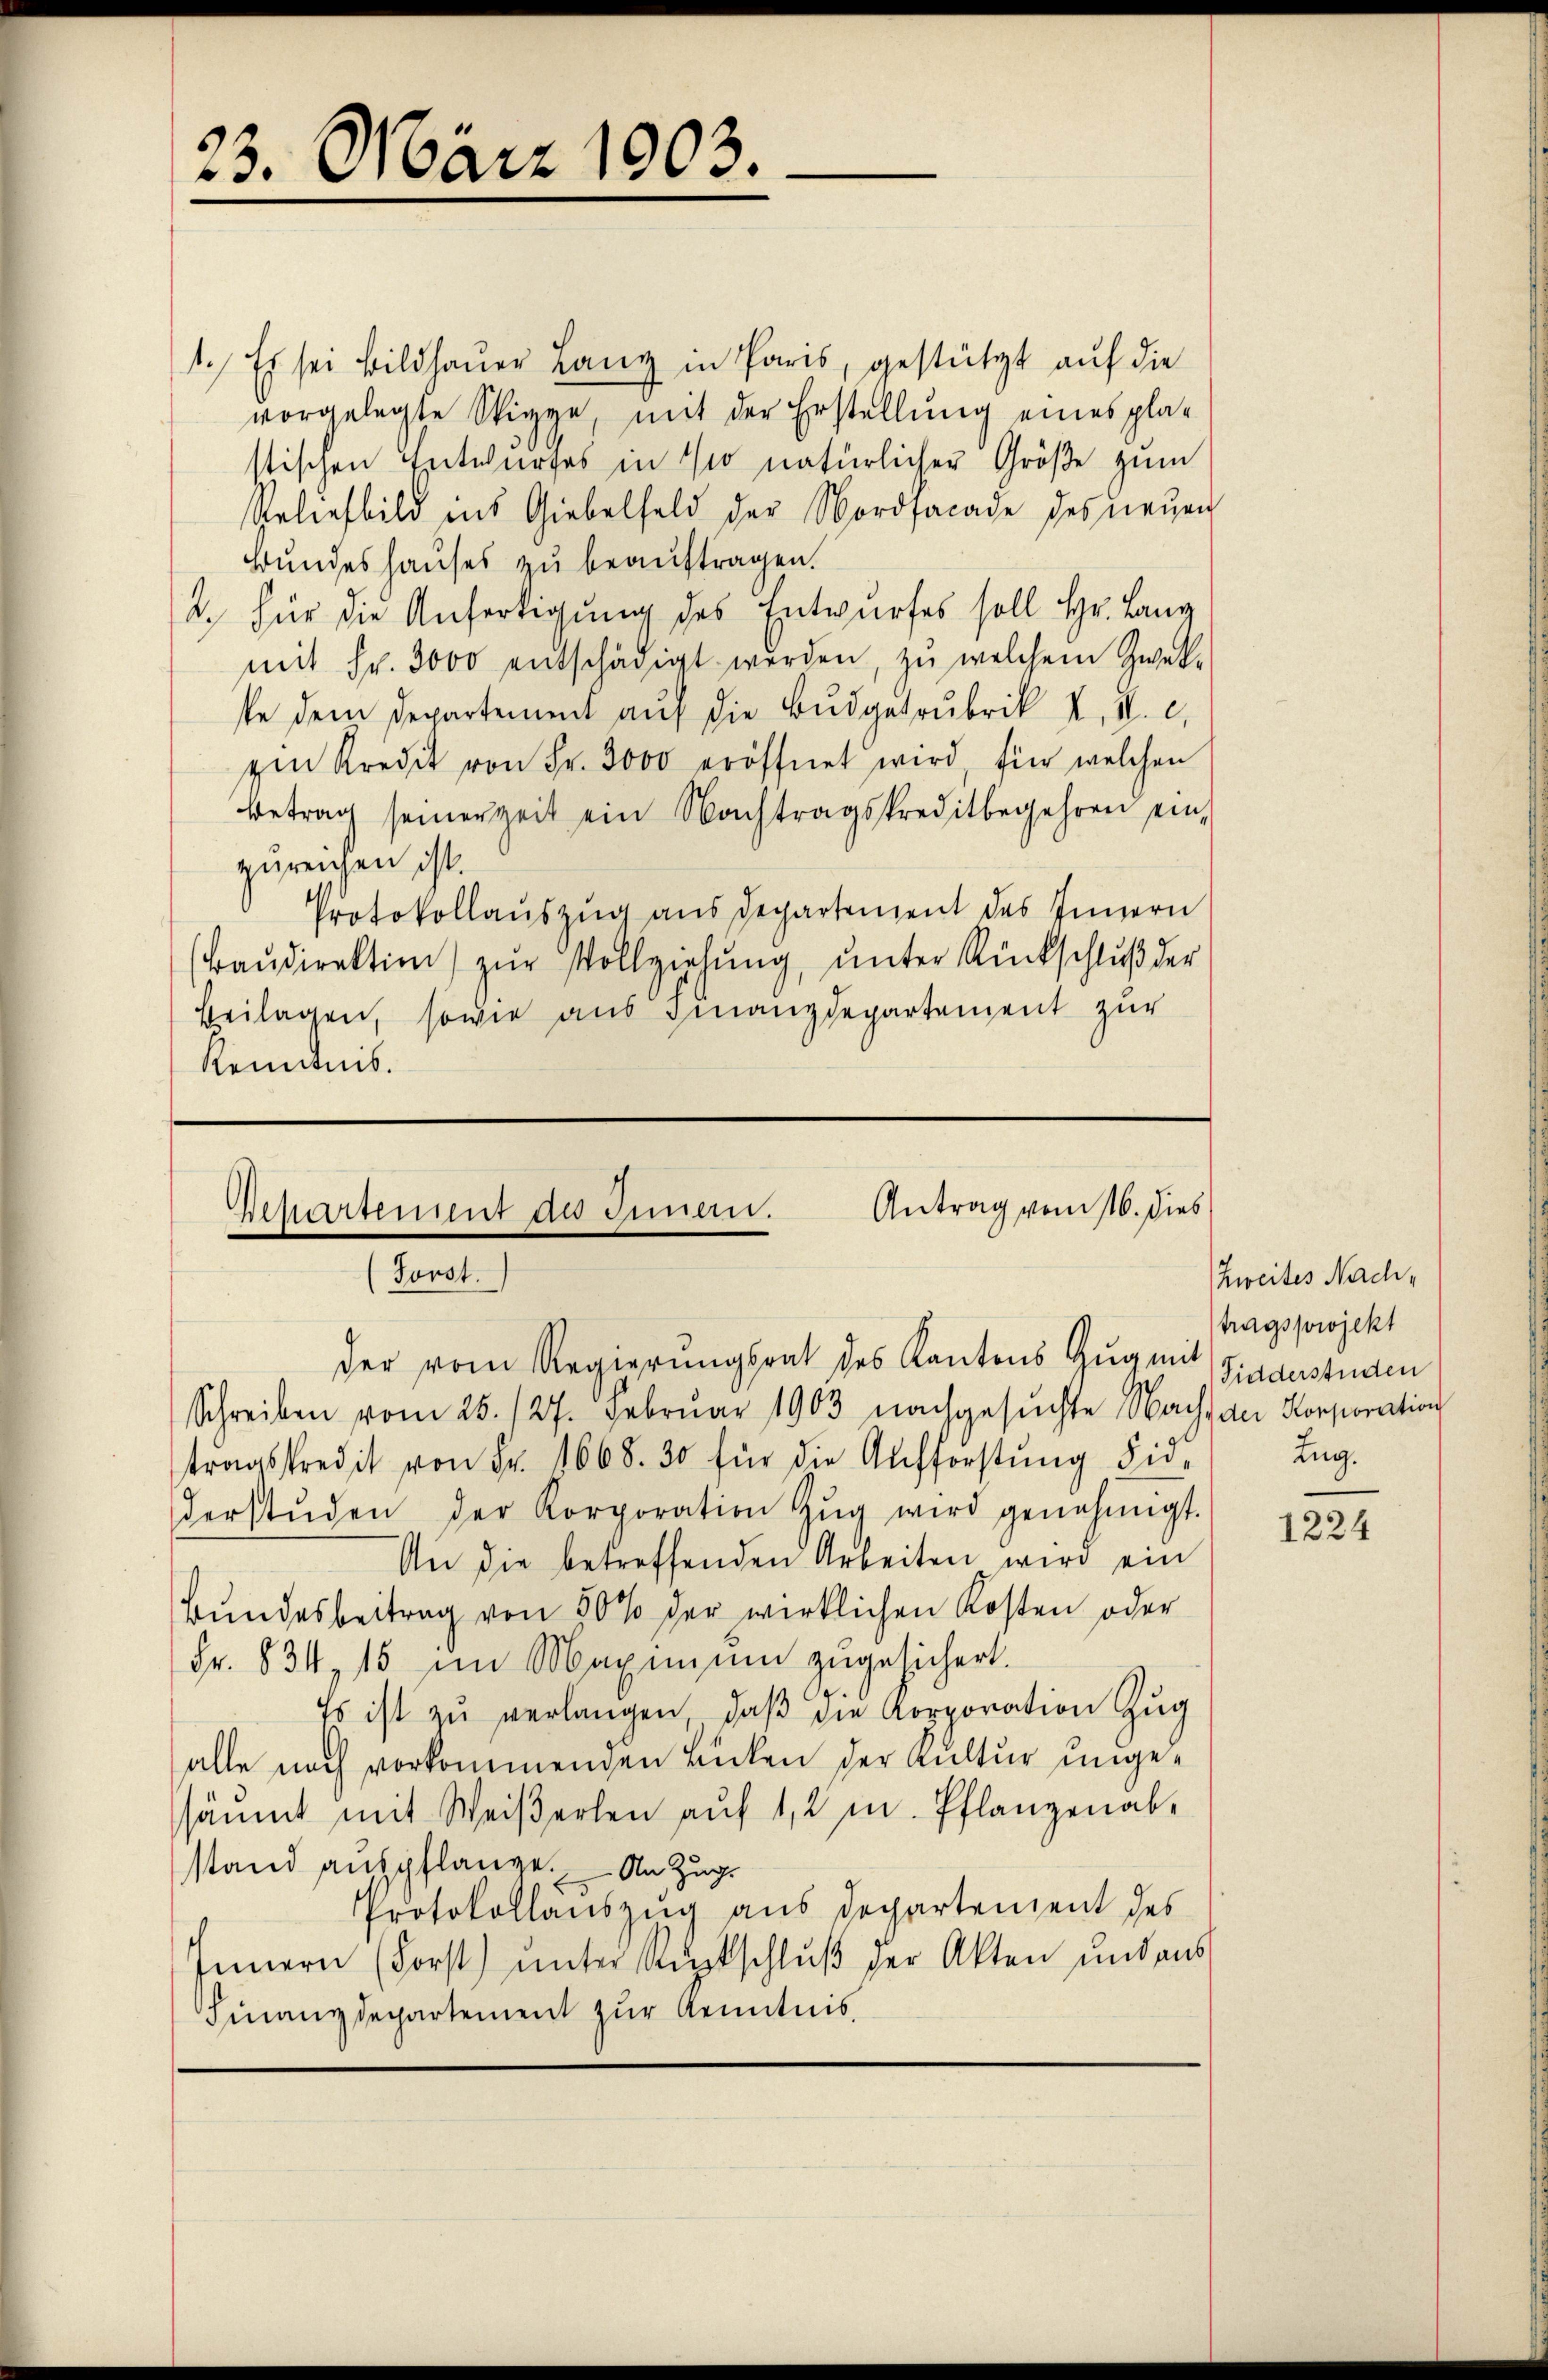
1.) Es sei Bildhauer Lanz in Paris, gestützt auf die
vorgelegte Sippe, mit der Erstellung eines plastischen Entwurfes in so natürlicher Größe zum
Reliebild ins Giebelfeld der Nordfacade des neuen
Bundeshauses zu beauftragen.
2. Für die Anfertigung des Entwurfes soll hr. Lang
mit Fr. 3000 entschädigt werden, zu welchem Zwek-
se dem Departement auf die Budgetrubrik X, S. c.
zen Kredit von Fr. 3000 eröffnet wird, für welchen
Betrag seinerzeit ein Nachtragskreditbegehren einzureichen ist.
Protokollaŭszŭg aŭs Departement des Innern
Baŭdirektion zŭr Vollziehŭng ŭnter Rückschlŭβ der
Beilagen, sowie aus Finanzdepartement zur
Kenntnis.

23. März 1903.

der vom Regierungsrat des Kantons Zug mit

Departement des Innern. Antrag vom 116. dies
Forst.

Schreiben vom 25. 127. Februar 1903 nachgesŭchte Nach der Korporation
tragskredit von Fr. 1668. 30 für die Aufforstŭng Fide
derstŭden der Korporation Zŭg wird genehmigt.
An die betreffenden Arbeiten wird ein
Bundesbeitrag von 50 % der wirklichen Kosten oder
Fr. 834, 15 im Maximum zugesichert.
Es ist zu verlangen, daβ die Korporation Zug
alle noch vorkommenden Lücken der Kultur ungesäŭmt mit Weiβerlen aŭf 1,2 m. Pflanzenab-
stand aufspflanze. An Zug
Protokollauszug aus Departement des
Innern (Forst ŭnter Rŭptschlŭβ der Akten und aus
Finanzdepartement zur Kenntnis.

Zweites Nachtragsprojekt
Fidderstuden
Lug.

1224